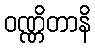
ဝဏ္ဏိတာနိ